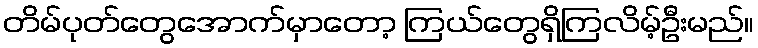
တိမ်ပုတ်တွေအောက်မှာတော့ ကြယ်တွေရှိကြလိမ့်ဦးမည်။